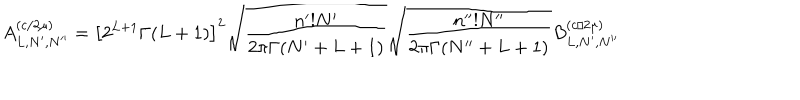
LaTeX: A _ { L , N ^ { \prime } , N ^ { \prime \prime } } ^ { ( c / 2 \mu ) } = \left[ 2 ^ { L + 1 } \Gamma ( L + 1 ) \right] ^ { 2 } \sqrt { \frac { n ^ { \prime } ! N ^ { \prime } } { 2 \pi \Gamma ( N ^ { \prime } + L + 1 ) } } \sqrt { \frac { n ^ { \prime \prime } ! N ^ { \prime \prime } } { 2 \pi \Gamma ( N ^ { \prime \prime } + L + 1 ) } } B _ { L , N ^ { \prime } , N ^ { \prime \prime } } ^ { ( c / 2 \mu ) }